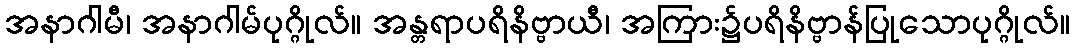
အနာဂါမီ၊ အနာဂါမ်ပုဂ္ဂိုလ်။ အန္တရာပရိနိဗ္ဗာယီ၊ အကြား၌ပရိနိဗ္ဗာန်ပြုသောပုဂ္ဂိုလ်။